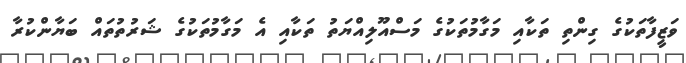
ވަޒީފާތަކުގެ ގިންތި ތަކާއި މަގާމުތަކުގެ މަސްއޫލިއްޔަތު ތަކާއި އެ މަގާމުތަކުގެ ޝަރުތުތައް ބަޔާންކުރާ